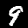
Digit: 9